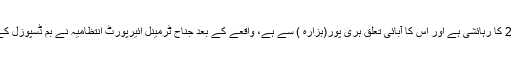
ذرائع کا کہنا ہے کہ ائیرپورٹ کے لاؤنج میں داخل ہونے والا 25 سالہ عادل رحمن ڈیفنس فیز 2 کا رہائشی ہے اور اس کا آبائی تعلق ہری پور(ہزارہ ) سے ہے، واقعے کے بعد جناح ٹرمینل ائیرپورٹ انتظامیہ نے بم ڈسپوزل کے عملے کو بھی طلب کیا جبکہ لاؤنج میں داخل ہوتے وقت بائیک سوار نشے کی حالت میں تھا۔